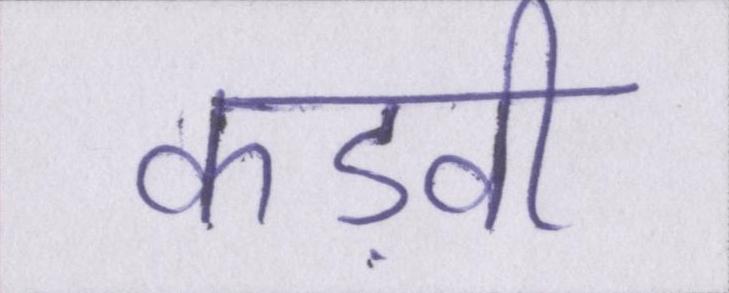
कड़वी